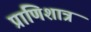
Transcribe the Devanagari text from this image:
प्राणिशात्र